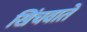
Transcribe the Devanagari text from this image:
खिंचवाते